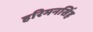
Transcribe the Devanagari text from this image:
हरिमनसिंह